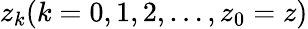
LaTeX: z_{k}(k=0,1,2,\dots,z_{0}=z)